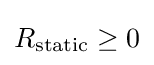
R_{\text{static}}\geq 0